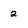
Character: 2